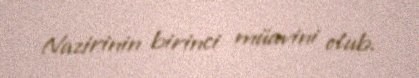
Nazirinin birinci müavini olub.